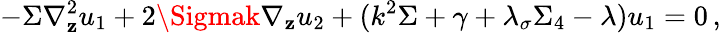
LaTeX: -\Sigma\nabla_{\mathbf{z}}^{2}u_{1}+2\Sigmak\nabla_{\mathbf{z}}u_{2}+(k^{2}\Sigma+\gamma+\lambda_{\sigma}\Sigma_{4}-\lambda)u_{1}=0\, ,